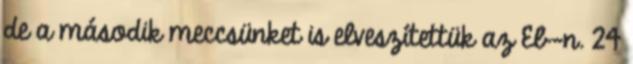
de a második meccsünket is elveszítettük az Eb-n. 24